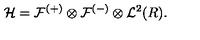
{ \cal H } = { \cal F } ^ { ( + ) } \otimes { \cal F } ^ { ( - ) } \otimes { \cal L } ^ { 2 } ( R ) .